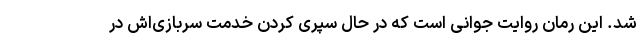
شد. این رمان روایت جوانی است که در حال سپری کردن خدمت سربازی‌اش در